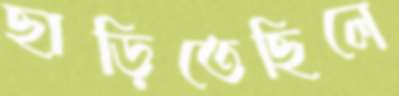
ছাড়িতেছিলে